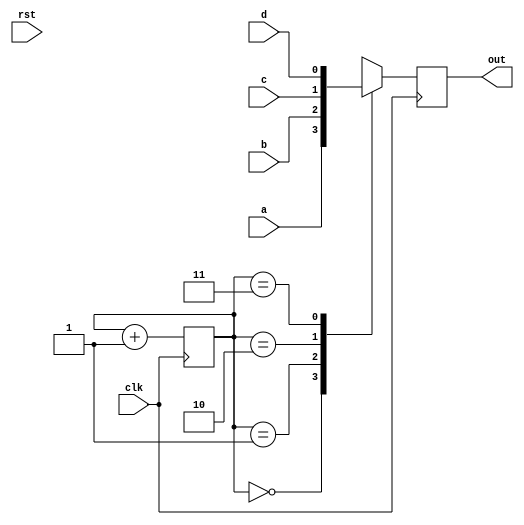
module arbiter(input a, b, c, d, input clk, rst,
		output reg out);
	reg[1:0] counter;
	initial begin
	counter=2'b00;
	end
	//Instantiating a counter
	always@(posedge clk) begin
		begin
		counter<=counter+1'b1;
		end
	end	
	always@(posedge clk) begin
		
		case(counter) 
			2'b00: out<=a;
			2'b01: out<=b;
			2'b10: out<=c;
			2'b11: out<=d;
			default: out<=1'd0;
		endcase
	end
	
endmodule